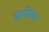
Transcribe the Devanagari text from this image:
ईस्वीसन